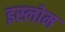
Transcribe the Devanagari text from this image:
इस्लोम